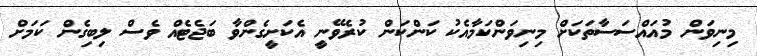
މިނިވަން މުއައްސަސާތަކަށް މިނިވަންކަމާއެކު ކަންކަން ކުރެވޭނީ އެކަށީގެންވާ ބަޖެޓެއް ވެސް ލިބިގެން ކަމަށް